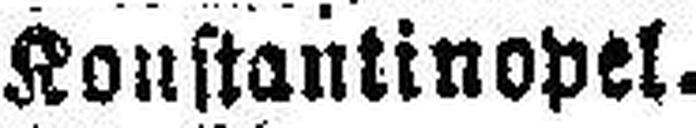
Konstantinopel